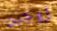
زوجين